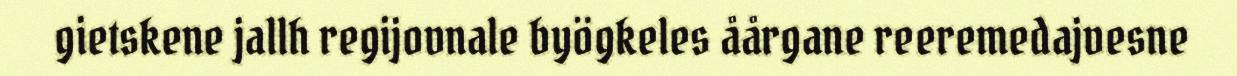
gietskene jallh regijovnale byögkeles åårgane reeremedajvesne